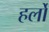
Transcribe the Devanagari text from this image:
हर्लो